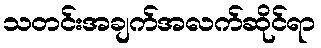
သတင်းအချက်အလက်ဆိုင်ရာ